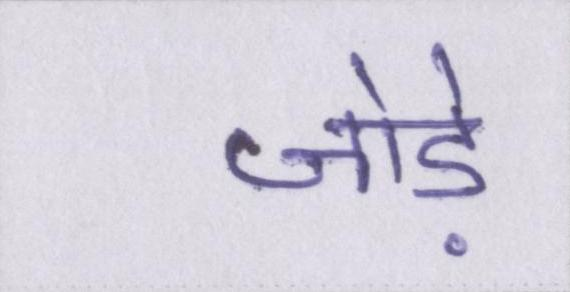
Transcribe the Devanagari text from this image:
जोड़े